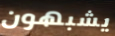
يشبهون